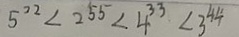
5 ^ { 2 2 } < 2 ^ { 5 5 } < 4 ^ { 3 3 } < 3 ^ { 4 4 }